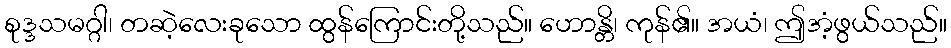
စုဒ္ဒသမဂ္ဂါ၊ တဆဲ့လေးခုသော ထွန်ကြောင်းတို့သည်။ ဟောန္တိ၊ ကုန်၏။ အယံ၊ ဤအံ့ဖွယ်သည်။